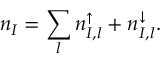
{ n } _ { I } = \sum _ { l } n _ { I , l } ^ { \uparrow } + n _ { I , l } ^ { \downarrow } .